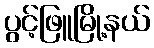
ပွင့်ဖြူမြို့နယ်